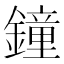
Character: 鐘